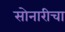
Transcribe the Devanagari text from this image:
सोनारीचा